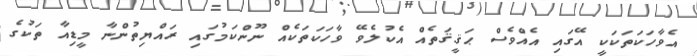
އެވާހަކަތަކަކީ އޭގައި އެއްވެސް ޙަޤީޤަތެއް އެކުލެވޭ ވާހަކަތަކެއް ނޫންކަމުގައި ރައްޔިތުންނާ މީޑިއާ ތަކުގެ